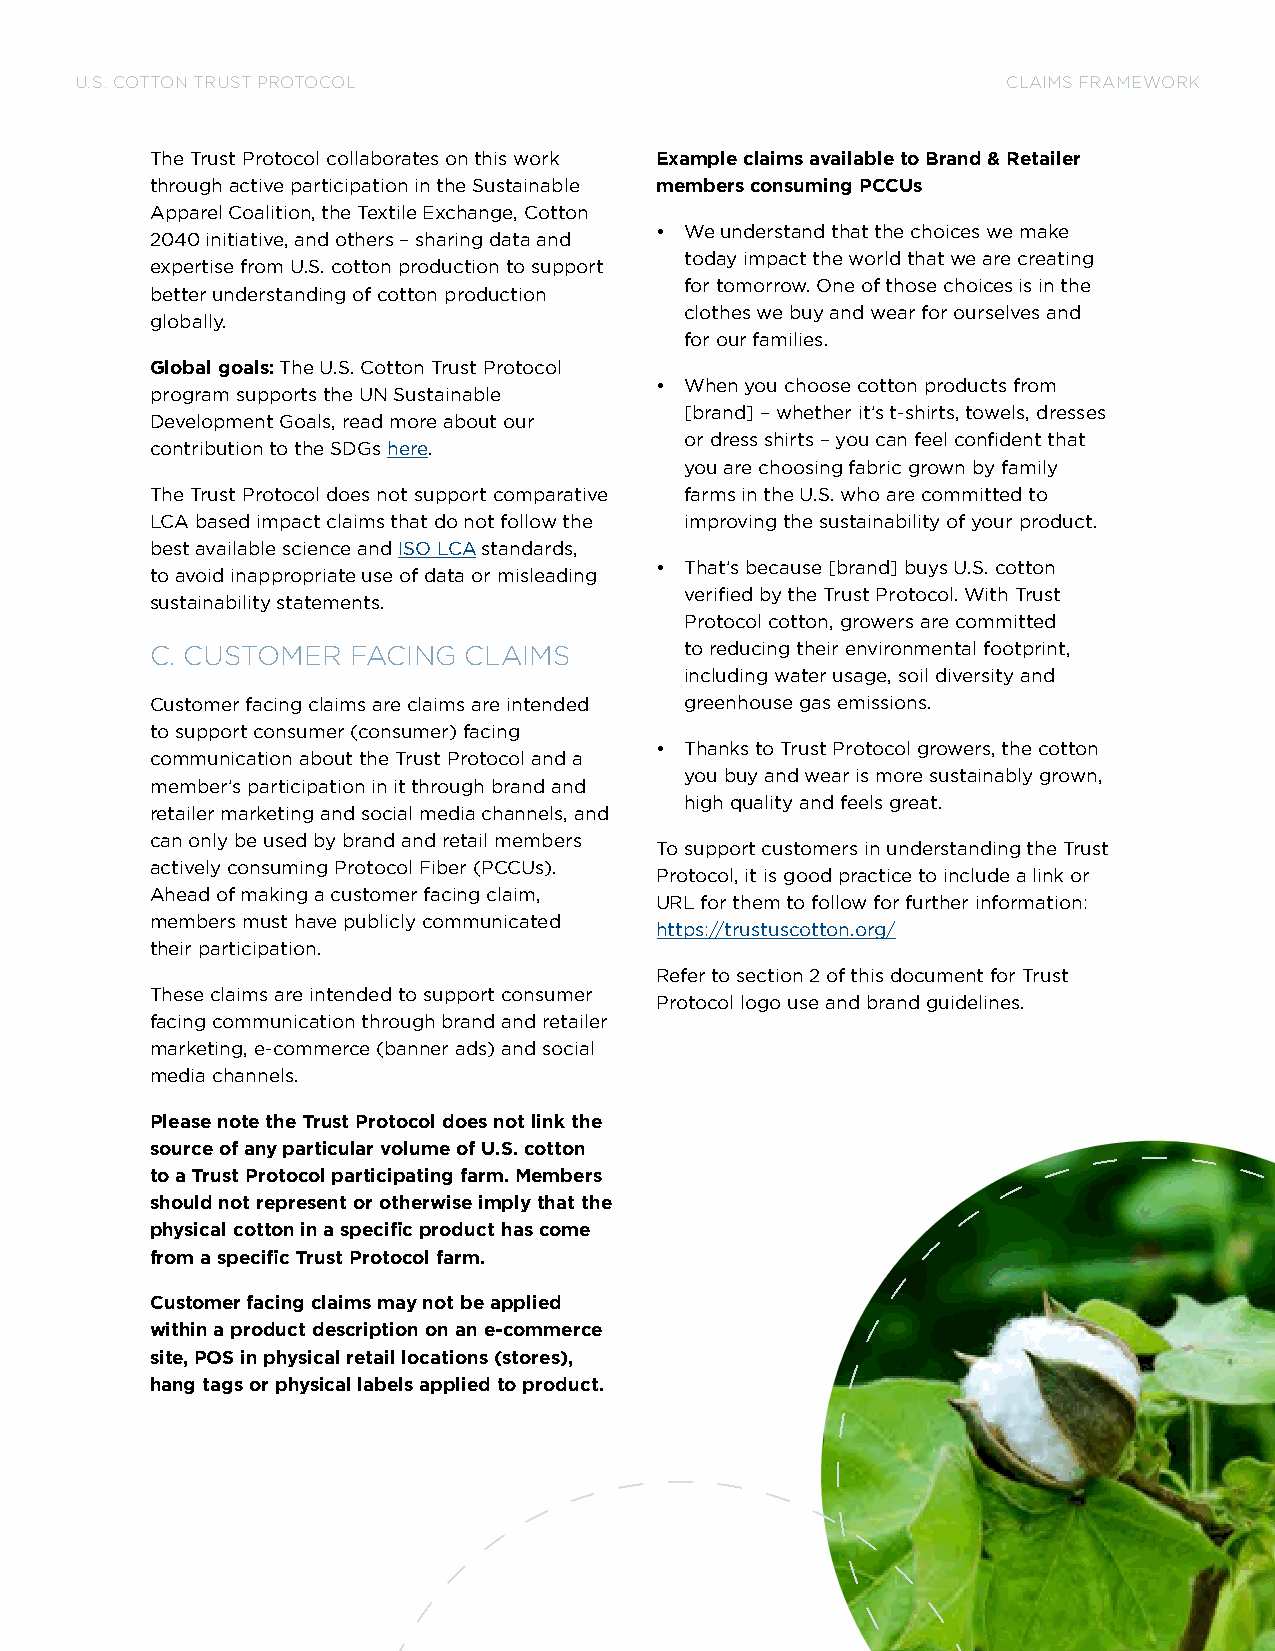
U.S. COTTON TRUST PROTOCOL                                    CLAIMS FRAMEWORK
 The Trust Protocol collaborates on this work Example claims available to Brand & Retailer
 through active participation in the Sustainable members consuming PCCUs
 Apparel Coalition, the Textile Exchange, Cotton
 • We understand that the choices we make
 2040 initiative, and others – sharing data and
 today impact the world that we are creating
 expertise from U.S. cotton production to support
 for tomorrow. One of those choices is in the
 better understanding of cotton production
 clothes we buy and wear for ourselves and
 globally.
 for our families.
 Global goals: The U.S. Cotton Trust Protocol
 • When you choose cotton products from
 program supports the UN Sustainable
 [brand] – whether it’s t-shirts, towels, dresses
 Development Goals, read more about our
 or dress shirts – you can feel confident that
 contribution to the SDGs here.
 you are choosing fabric grown by family
 The Trust Protocol does not support comparative farms in the U.S. who are committed to
 LCA based impact claims that do not follow the improving the sustainability of your product.
 best available science and ISO LCA standards,
 • That’s because [brand] buys U.S. cotton
 to avoid inappropriate use of data or misleading
 verified by the Trust Protocol. With Trust
 sustainability statements.
 Protocol cotton, growers are committed
 C. CUSTOMER  FACING  CLAIMS        to reducing their environmental footprint,
 including water usage, soil diversity and
 Customer facing claims are claims are intended greenhouse gas emissions.
 to support consumer (consumer) facing
 • Thanks to Trust Protocol growers, the cotton
 communication about the Trust Protocol and a
 you buy and wear is more sustainably grown,
 member’s participation in it through brand and
 high quality and feels great.
 retailer marketing and social media channels, and
 can only be used by brand and retail members
 To support customers in understanding the Trust
 actively consuming Protocol Fiber (PCCUs).
 Protocol, it is good practice to include a link or
 Ahead of making a customer facing claim,
 URL for them to follow for further information:
 members must have publicly communicated
 https://trustuscotton.org/
 their participation.
 Refer to section 2 of this document for Trust
 These claims are intended to support consumer
 Protocol logo use and brand guidelines.
 facing communication through brand and retailer
 marketing, e-commerce (banner ads) and social
 media channels.
 Please note the Trust Protocol does not link the
 source of any particular volume of U.S. cotton
 to a Trust Protocol participating farm. Members
 should not represent or otherwise imply that the
 physical cotton in a specific product has come
 from a specific Trust Protocol farm.
 Customer facing claims may not be applied
 within a product description on an e-commerce
 site, POS in physical retail locations (stores),
 hang tags or physical labels applied to product.
 16